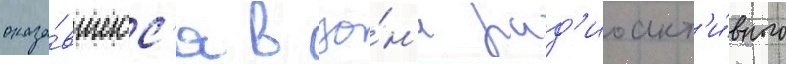
оказа́вшегос'я в зо́н'е рад'иоакт'и́вного